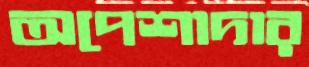
অপেশাদার